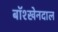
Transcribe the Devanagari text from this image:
बॉश्खेनदाल